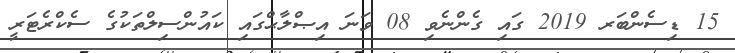
15 ޑިސެންބަރ 2019 ގައި ގެންނެވި 08 ވަނަ އިޞްލާޙްގައި ކައުންސިލްތަކުގެ ސެކްރެޓަރީ